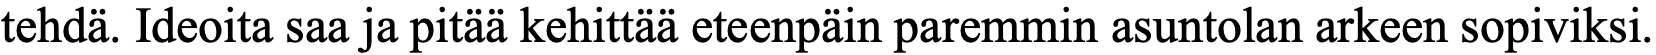
tehdä. Ideoita saa ja pitää kehittää eteenpäin paremmin asuntolan arkeen sopiviksi.